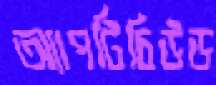
অ্যাপটিচিউড